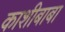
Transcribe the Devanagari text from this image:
काशीबाबा